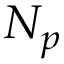
N _ { p }